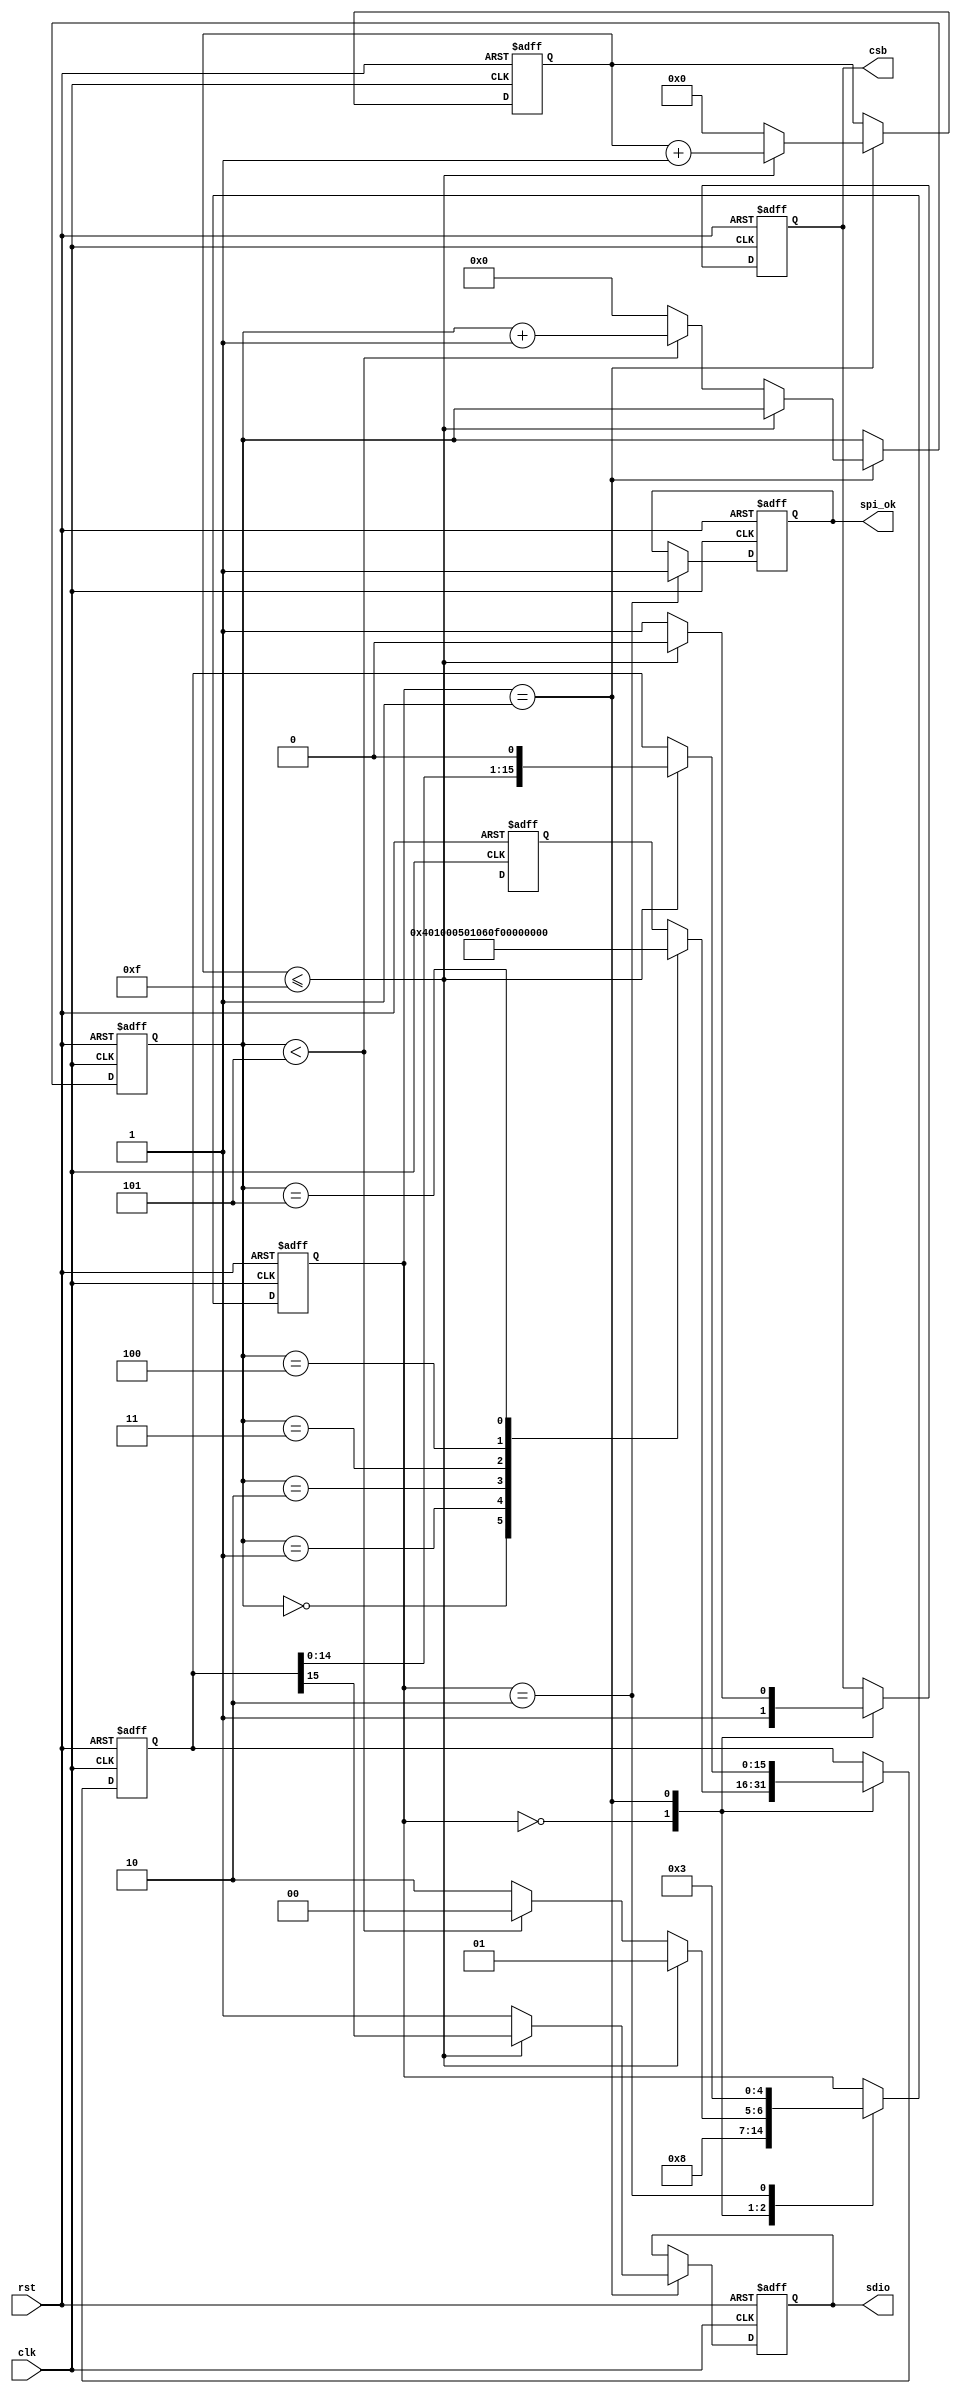
module ad9777_spi(
output reg sdio,
output reg csb,
input rst,
input clk,
output reg spi_ok
);
wire [6:0] lut_index=7'd5;
////////////////////////////////////////////
function [15:0] lut_data;
	input [5:0] addr;
	begin
		case(addr)////[15]:R/W=0,[14:13]:N1 N0=0,[12:8]:A4~A0,[7:0]:D7~D0
			6'd0 :lut_data=16'b0_00_00000_0000_0100;//00
			6'd1 :lut_data=16'b0_00_00001_0000_0000;//01
			6'd2 :lut_data=16'b0_00_00101_0000_0001;//05
			6'd3 :lut_data=16'b0_00_00110_0000_1111;//06
			6'd4 :lut_data=16'b0_00_01001_0000_0000;//09
			6'd5 :lut_data=16'b0_00_01010_0000_1111;//0A
		endcase
	end
endfunction
///////////////////////////////////////////
reg [5:0] addr;
reg [4:0] state;
reg [15:0] dout_reg;
reg [4:0] shift_reg;
always @ (negedge clk or negedge rst)
if(!rst)
	begin
		csb<=1'b1;
		sdio<=1'b1;
		state<=5'd0;
		addr<=6'd0;
		dout_reg<=16'd0;
		shift_reg<=5'd0;
		spi_ok<=1'b0;
	end
else
	begin
		case(state)
			5'd0:
				begin
					csb<=1'b1;
					dout_reg<=lut_data(addr);
					state<=5'd1;
				end
			5'd1:
				begin
					if(shift_reg<=5'd15)
						begin
							csb<=1'b0;
							sdio<=dout_reg[15];
							dout_reg<=dout_reg<<1;
							shift_reg<=shift_reg+1'b1;
							state<=5'd1;
						end
					else
						begin
							shift_reg<=5'd0;
							csb<=1'b1;
							sdio<=1'b1;
							if(addr<lut_index)
								begin
									addr<=addr+1'b1;
									state<=5'd0;
								end
							else
								begin
									addr<=6'd0;
									state<=5'd2;
								end
						end
				end
			5'd2:
				begin
					spi_ok<=1'b1;
					state<=5'd3;
				end
		endcase
	end
endmodule